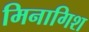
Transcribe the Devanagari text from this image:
मिनागिश